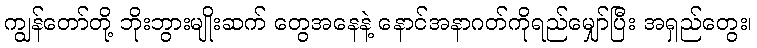
ကျွန်တော်တို့ ဘိုးဘွားမျိုးဆက် တွေအနေနဲ့ နောင်အနာဂတ်ကိုရည်မျှော်ပြီး အရှည်တွေး၊